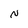
Character: N